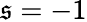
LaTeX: \mathfrak{s}=-1